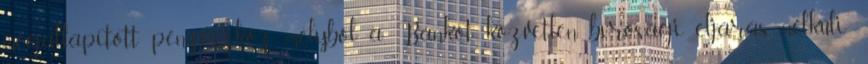
megállapított pénzeszköz, melyből a Bankot közvetlen bírósági eljárás nélküli-